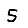
Digit: 5